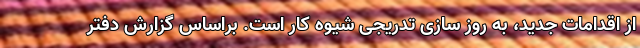
از اقدامات جدید، به روز سازی تدریجی شیوه کار است. براساس گزارش دفتر